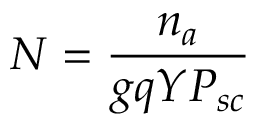
N = \frac { n _ { a } } { g q Y P _ { s c } }